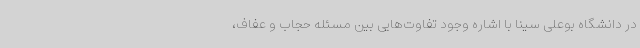
در دانشگاه بوعلی سینا با اشاره وجود تفاوت‌هایی بین مسئله حجاب و عفاف،